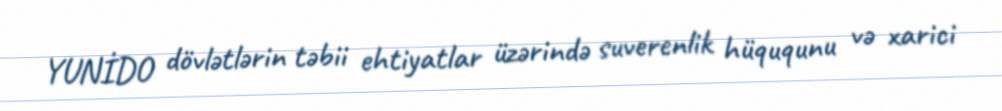
YUNİDO dövlətlərin təbii ehtiyatlar üzərində suverenlik hüququnu və xarici